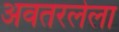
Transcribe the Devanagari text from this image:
अवतरलेला